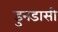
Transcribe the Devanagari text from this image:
डुनडासी